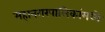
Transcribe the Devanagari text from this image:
महानगरपालिकांमध्ये